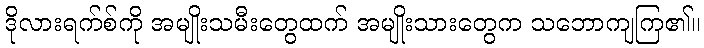
ဒိုလားရက်စ်ကို အမျိုးသမီးတွေထက် အမျိုးသားတွေက သဘောကျကြ၏။